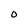
Character: 0